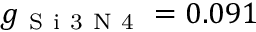
g _ { \mathrm { ~ S ~ i ~ 3 ~ N ~ 4 ~ } } = 0 . 0 9 1